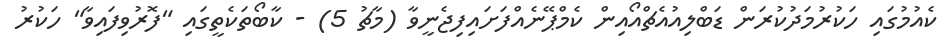
ކެއުމުގައި ހަކުރުމަދުކުރަން ޑަބްލިއުއެޗްއޯއިން ކެމްޕޭނެއްފަށައިފިޖެނީވާ (މާޗު 5) - ކާބޯތަކެތީގައި "ފޮރުވިފައިވާ" ހަކުރު